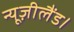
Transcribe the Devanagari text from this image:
न्यूज़ीलैंड।